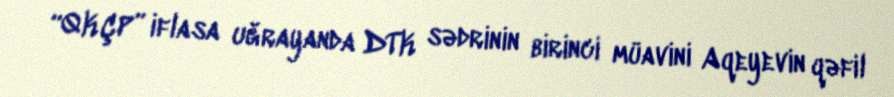
“QKÇP” iflasa uğrayanda DTK sədrinin birinci müavini Aqeyevin qəfil